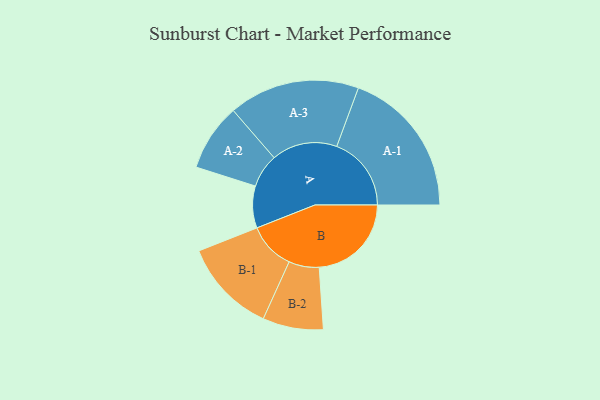
{"axis": {"x": "Segment", "y": "Value"}, "legend": ["", "A", "B"], "data": [{"x": "A", "y": 162, "type": ""}, {"x": "B", "y": 356, "type": ""}, {"x": "A-1", "y": 288, "type": "A"}, {"x": "A-2", "y": 130, "type": "A"}, {"x": "A-3", "y": 253, "type": "A"}, {"x": "B-1", "y": 182, "type": "B"}, {"x": "B-2", "y": 117, "type": "B"}]}